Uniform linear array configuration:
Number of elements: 64
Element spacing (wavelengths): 0.25
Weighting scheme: binomial
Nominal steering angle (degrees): -60
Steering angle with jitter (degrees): -58.329
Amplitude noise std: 0.05
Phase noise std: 0.05

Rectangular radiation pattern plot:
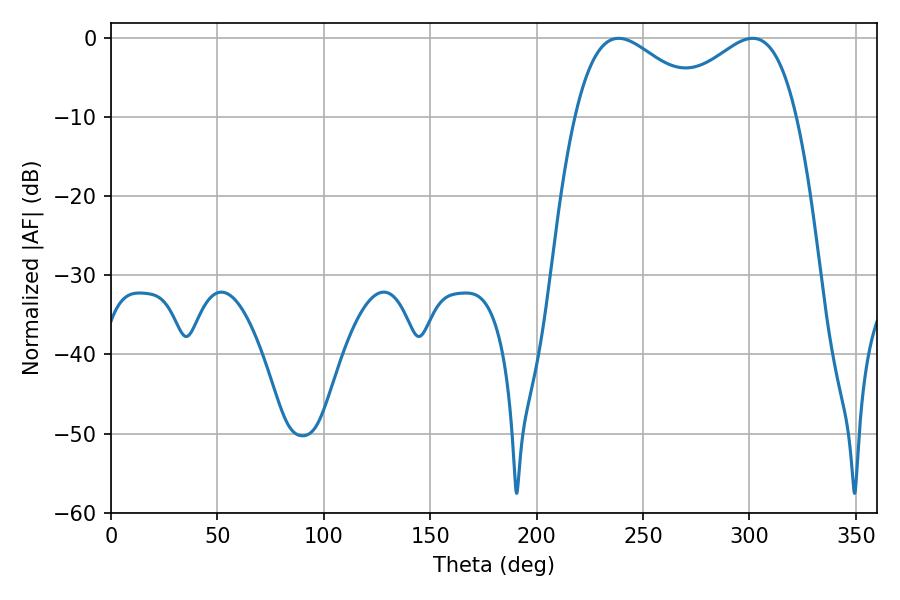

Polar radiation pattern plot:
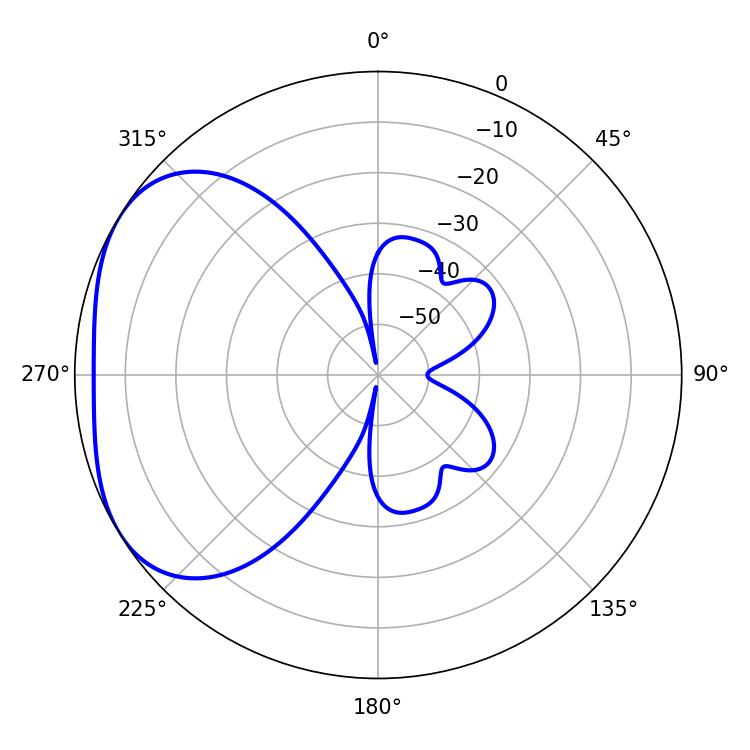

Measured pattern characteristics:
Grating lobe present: FALSE
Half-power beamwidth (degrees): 33.66
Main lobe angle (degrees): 238.5